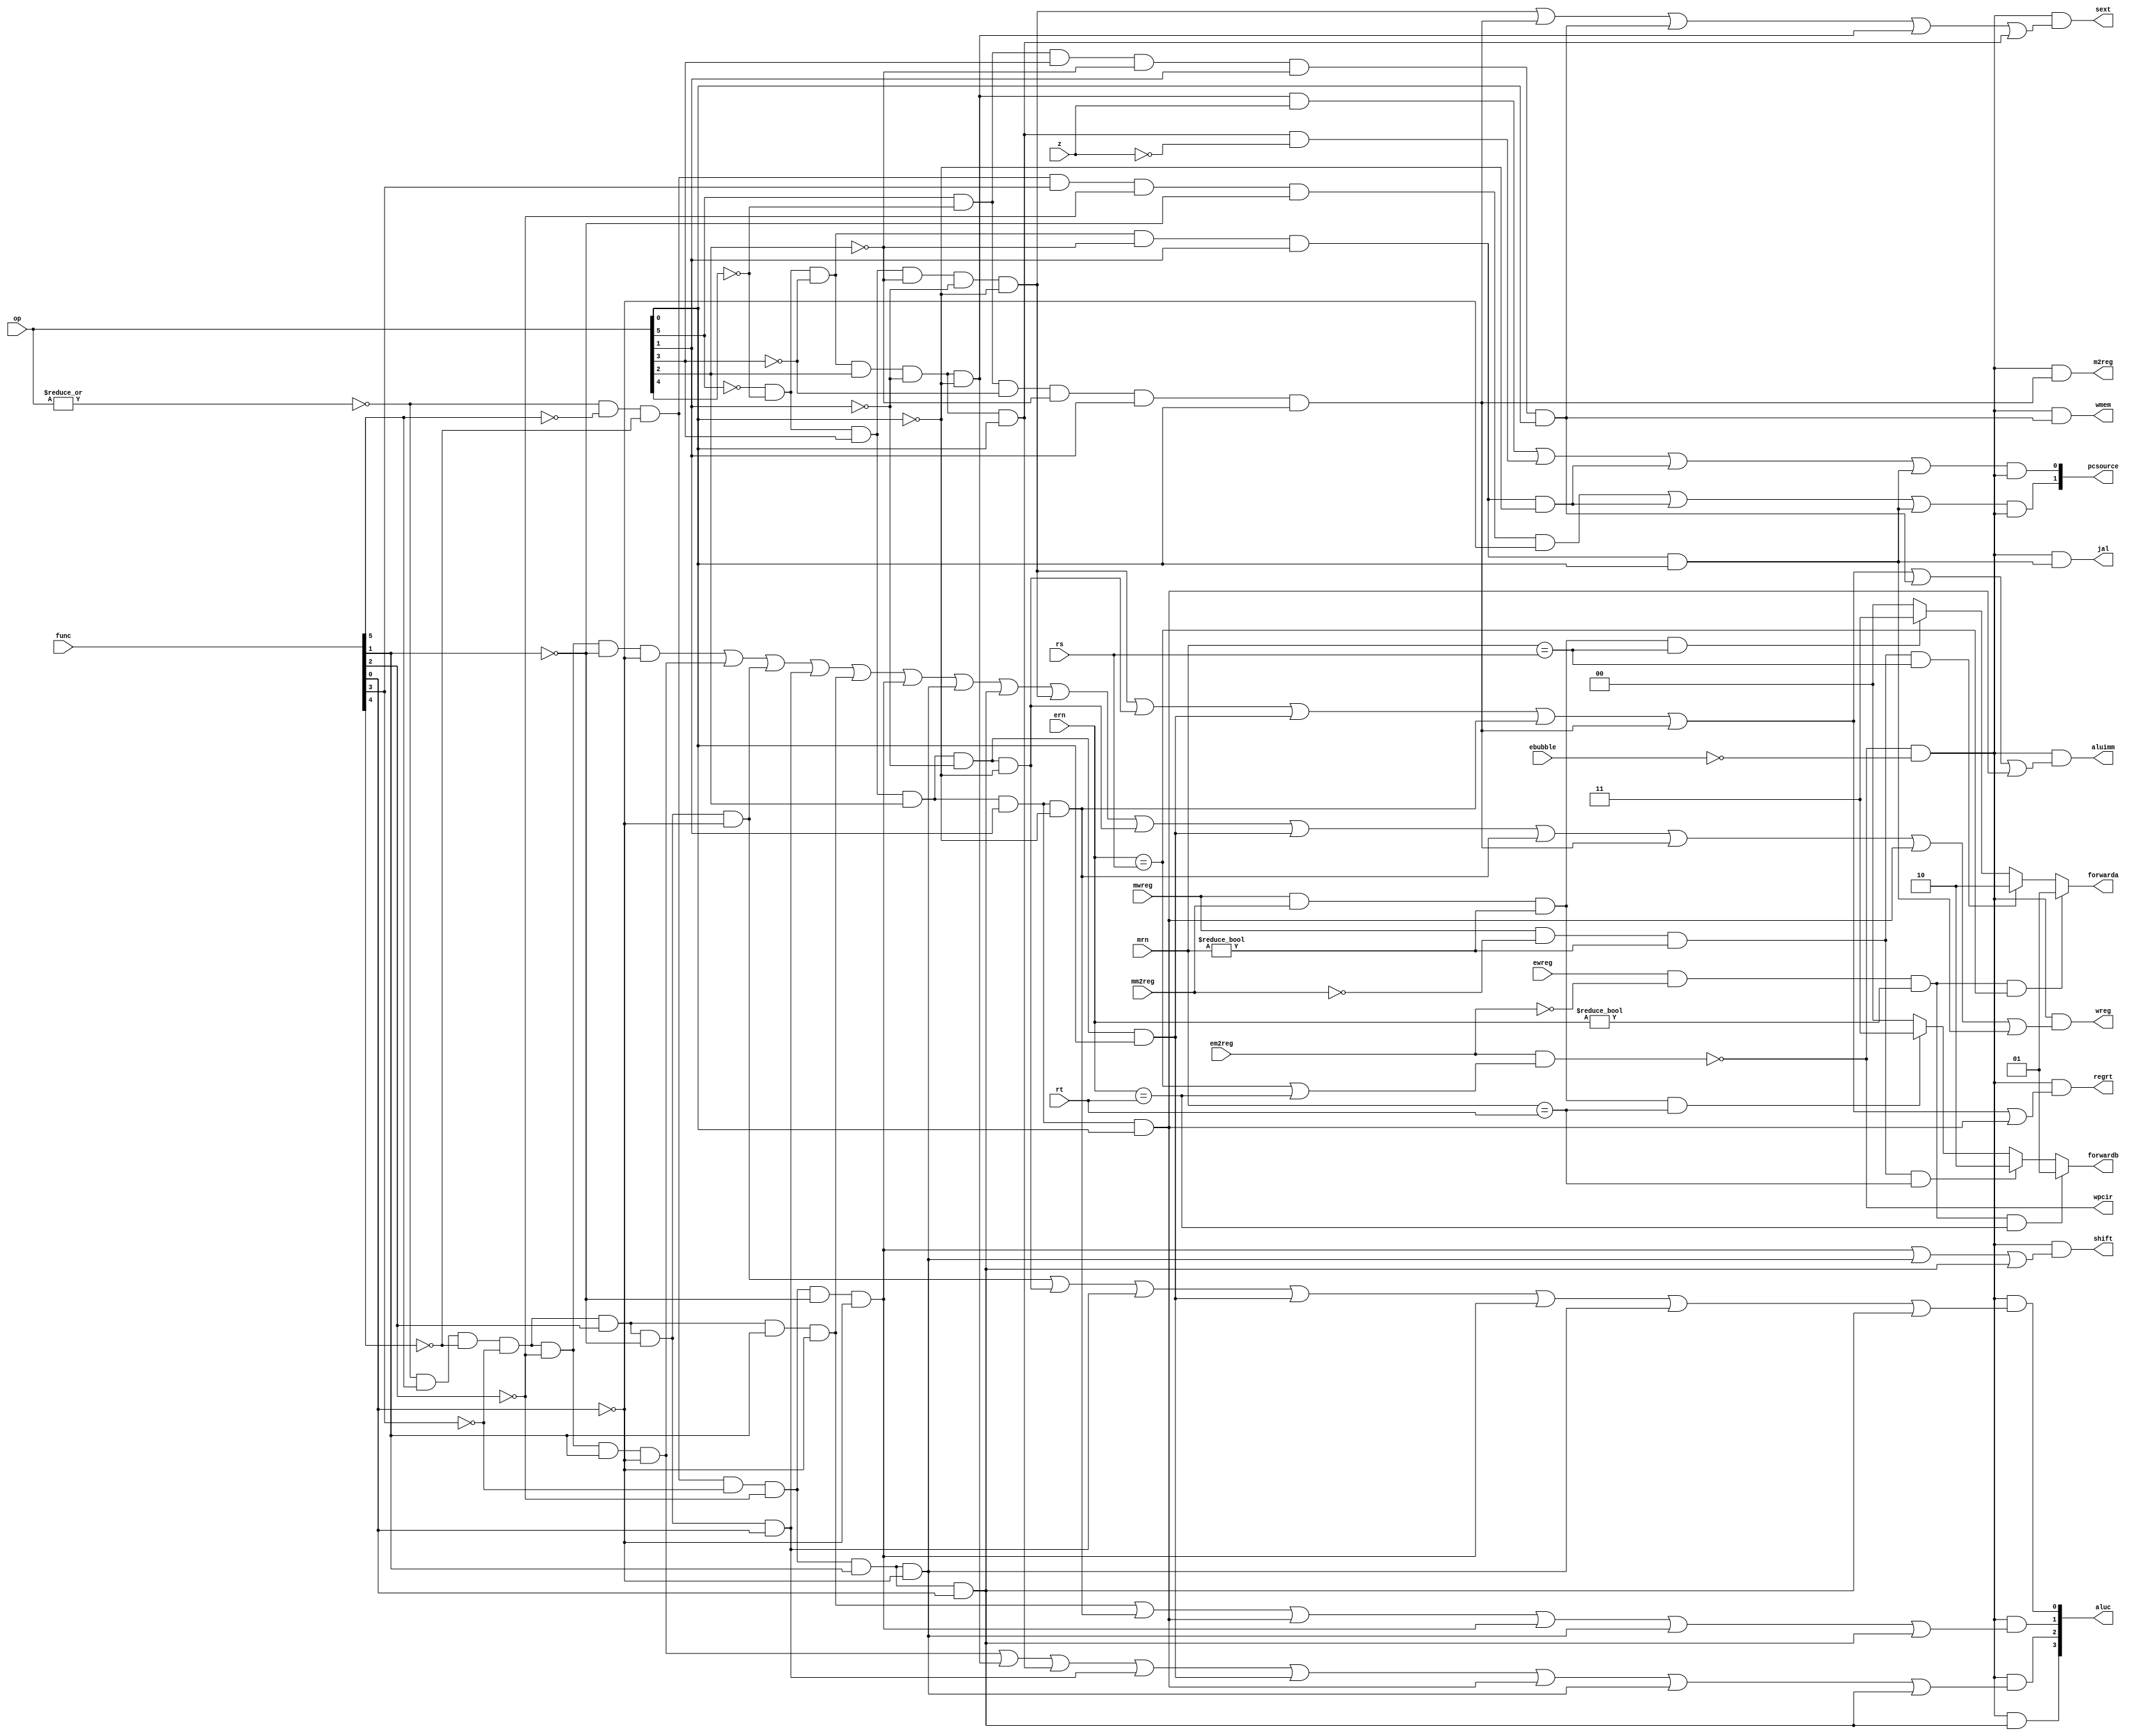
module sc_cu (
	op, func, z, wmem, wreg, regrt, m2reg, aluc, shift,
	aluimm, pcsource, jal, sext, forwarda, forwardb, wpcir,
	rs, rt, mrn, mm2reg, mwreg, ern, em2reg, ewreg, ebubble
);
	input mwreg, ewreg, mm2reg, em2reg, ebubble;
	input  [4:0] rs, rt, mrn, ern;
   input  [5:0] op,func;
   input        z;
   output       wreg,regrt,jal,m2reg,shift,aluimm,sext,wmem, wpcir;
   output [3:0] aluc;
   output [1:0] pcsource, forwarda, forwardb;
	reg [1:0] forwarda, forwardb;
	
   wire r_type = ~|op;
   wire i_add = r_type & func[5] & ~func[4] & ~func[3] &
                ~func[2] & ~func[1] & ~func[0];          //100000
   wire i_sub = r_type & func[5] & ~func[4] & ~func[3] &
                ~func[2] &  func[1] & ~func[0];          //100010
      
   //  please complete the deleted code.
   
   wire i_and = r_type & func[5] & ~func[4] & ~func[3] &
					 func[2] & ~func[1] & ~func[0]; //100100
   wire i_or  = r_type & func[5] & ~func[4] & ~func[3] &
					 func[2] & ~func[1] & func[0]; //100101

   wire i_xor = r_type & func[5] & ~func[4] & ~func[3] &
					 func[2] & func[1] & ~func[0]; //100110
   wire i_sll = r_type & ~func[5] & ~func[4] & ~func[3] &
					 ~func[2] & ~func[1] & ~func[0]; //000000
   wire i_srl = r_type & ~func[5] & ~func[4] & ~func[3] &
					 ~func[2] & func[1] & ~func[0]; //000010
   wire i_sra = r_type & ~func[5] & ~func[4] & ~func[3] &
					 ~func[2] & func[1] & func[0]; //000011
   wire i_jr  = r_type & ~func[5] & ~func[4] & func[3] &
					 ~func[2] & ~func[1] & ~func[0]; //001000
                
   wire i_addi = ~op[5] & ~op[4] &  op[3] & ~op[2] & ~op[1] & ~op[0]; //001000
   wire i_andi = ~op[5] & ~op[4] &  op[3] &  op[2] & ~op[1] & ~op[0]; //001100
   
   wire i_ori  = ~op[5] & ~op[4] &  op[3] &  op[2] & ~op[1] &  op[0]; //001101        // complete by yourself.
   wire i_xori = ~op[5] & ~op[4] &  op[3] &  op[2] &  op[1] & ~op[0]; //001110  
   wire i_lw   =  op[5] & ~op[4] & ~op[3] & ~op[2] &  op[1] &  op[0]; //100011  
   wire i_sw   = 	op[5] & ~op[4] &  op[3] & ~op[2] &  op[1] &  op[0]; //101011
   wire i_beq  = ~op[5] & ~op[4] & ~op[3] &  op[2] & ~op[1] & ~op[0]; //000100
   wire i_bne  = ~op[5] & ~op[4] & ~op[3] &  op[2] & ~op[1] &  op[0]; //000101
   wire i_lui  = ~op[5] & ~op[4] &  op[3] &  op[2] &  op[1] &  op[0]; //001111
   wire i_j    = ~op[5] & ~op[4] & ~op[3] & ~op[2] &  op[1] & ~op[0]; //000010
   wire i_jal  = ~op[5] & ~op[4] & ~op[3] & ~op[2] &  op[1] &  op[0]; //000011
   
	assign wpcir = ~(em2reg & ( ern == rs | ern == rt ));
	wire ctrlable = wpcir & ~ebubble;
	
   assign pcsource[1] = (i_jr | i_j | i_jal) & ctrlable;
   assign pcsource[0] = (( i_beq & z ) | (i_bne & ~z) | i_j | i_jal) & ctrlable;
   
   assign wreg = ctrlable &( i_add | i_sub | i_and  | i_or   | i_xor  |
							i_sll | i_srl | i_sra | i_addi | i_andi |
							i_ori | i_xori | i_lw | i_lui  | i_jal );
   
   assign aluc[3] = ctrlable & i_sra ;    // complete by yourself.
   assign aluc[2] = ctrlable &( i_sub | i_beq  | i_bne | i_or  | i_ori | i_lui | i_srl | i_sra );
   assign aluc[1] = ctrlable &( i_xor | i_xori | i_lui | i_sll | i_srl | i_sra );
   assign aluc[0] = ctrlable &( i_and | i_andi | i_or  | i_ori | i_sll | i_srl | i_sra );
   assign shift   = ctrlable &( i_sll | i_srl  | i_sra );

   assign aluimm  = ctrlable &( i_addi | i_andi | i_ori | i_xori | i_lw | i_sw | i_lui);     // complete by yourself.
   assign sext    = ctrlable &( i_addi | i_lw | i_sw | i_beq | i_bne);
   assign wmem    = ctrlable & i_sw;
   assign m2reg   = ctrlable & i_lw;
   assign regrt   = ctrlable &(i_addi | i_andi | i_ori | i_xori | i_lw | i_lui);
   assign jal     = ctrlable & i_jal;
	
	always @(*)
	begin
		if (ewreg & ~ em2reg & (ern != 0) & (ern == rs) )  
				forwarda <= 2'b01; //exe_alu
      else 
		if (mwreg & ~ mm2reg & (mrn != 0) & (mrn == rs) ) 
            forwarda <= 2'b10; //mem_alu
      else  
      if (mwreg & mm2reg & (mrn != 0) & (mrn == rs) )  
				forwarda <= 2'b11; // mem_lw
      else 
            forwarda <= 2'b00;  
	end
	
	always@(*)
	begin
		if (ewreg & ~ em2reg &(ern != 0) & (ern == rt) ) 
			forwardb <= 2'b01;
      else  
      if (mwreg & ~ mm2reg & (mrn != 0) & (mrn == rt) )  
			forwardb <= 2'b10;
      else 
		if (mwreg & mm2reg & (mrn != 0) & (mrn == rt) )   
         forwardb <= 2'b11;
      else 
         forwardb <= 2'b00; //  
	end
endmodule